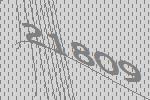
21809